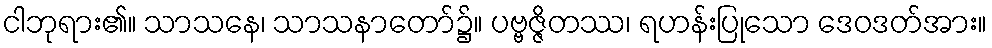
ငါဘုရား၏။ သာသနေ၊ သာသနာတော်၌။ ပဗ္ဗဇ္ဇိတဿ၊ ရဟန်းပြုသော ဒေဝဒတ်အား။